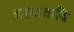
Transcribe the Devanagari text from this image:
भाषाकवि